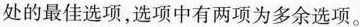
处的最佳选项,选项中有两项为多余选项。